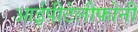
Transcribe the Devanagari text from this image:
आईपीटेलीफोनी